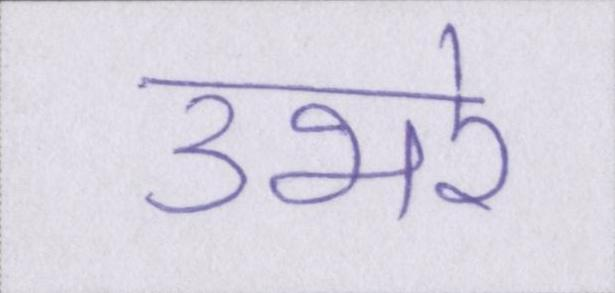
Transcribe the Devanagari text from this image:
उभरे